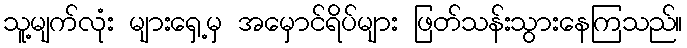
သူ့မျက်လုံး များရှေ့မှ အမှောင်ရိပ်များ ဖြတ်သန်းသွားနေကြသည်။